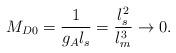
LaTeX: \begin{align*}M_{D0}={1\over g_A l_s}={l_s^2\over l_m^3}\rightarrow 0.\end{align*}